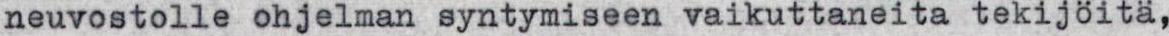
neuvostolle ohjelman syntymiseen vaikuttaneita tekijöitä,